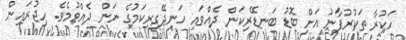
ހަކުރާ ތަކުރުފާނު އަށް ބޮޑު ބަނޑޭރިކަން ދެއްވައި ހަނދޭގިރިކަމުގެ ނަން ދެއްވުމެވެ. ހިޖުރައިން